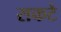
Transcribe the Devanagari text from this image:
सकटे